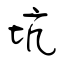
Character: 坑